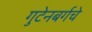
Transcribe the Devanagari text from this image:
गुटेनबर्गचे